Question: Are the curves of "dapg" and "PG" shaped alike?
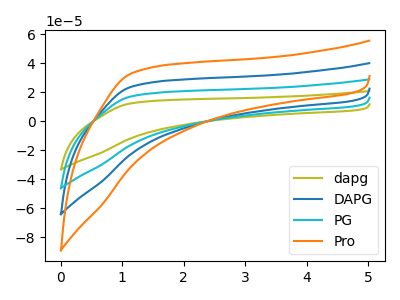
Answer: <think>The olive curve "dapg" has no peaks. The blue curve "DAPG" has no peaks. The cyan curve "PG" has no peaks. The orange curve "Pro" has no peaks.
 Neither "dapg" or "PG" have any peaks.</think>
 <answer>"dapg" and "PG" are similar in shape.</answer>
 <eval>same_shape</eval>